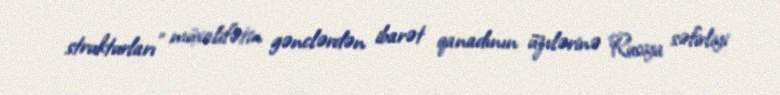
strukturları" müxalifətin gənclərdən ibarət qanadının üzvlərinə Rusiya səfirliyi